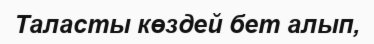
Таласты көздей бет алып,